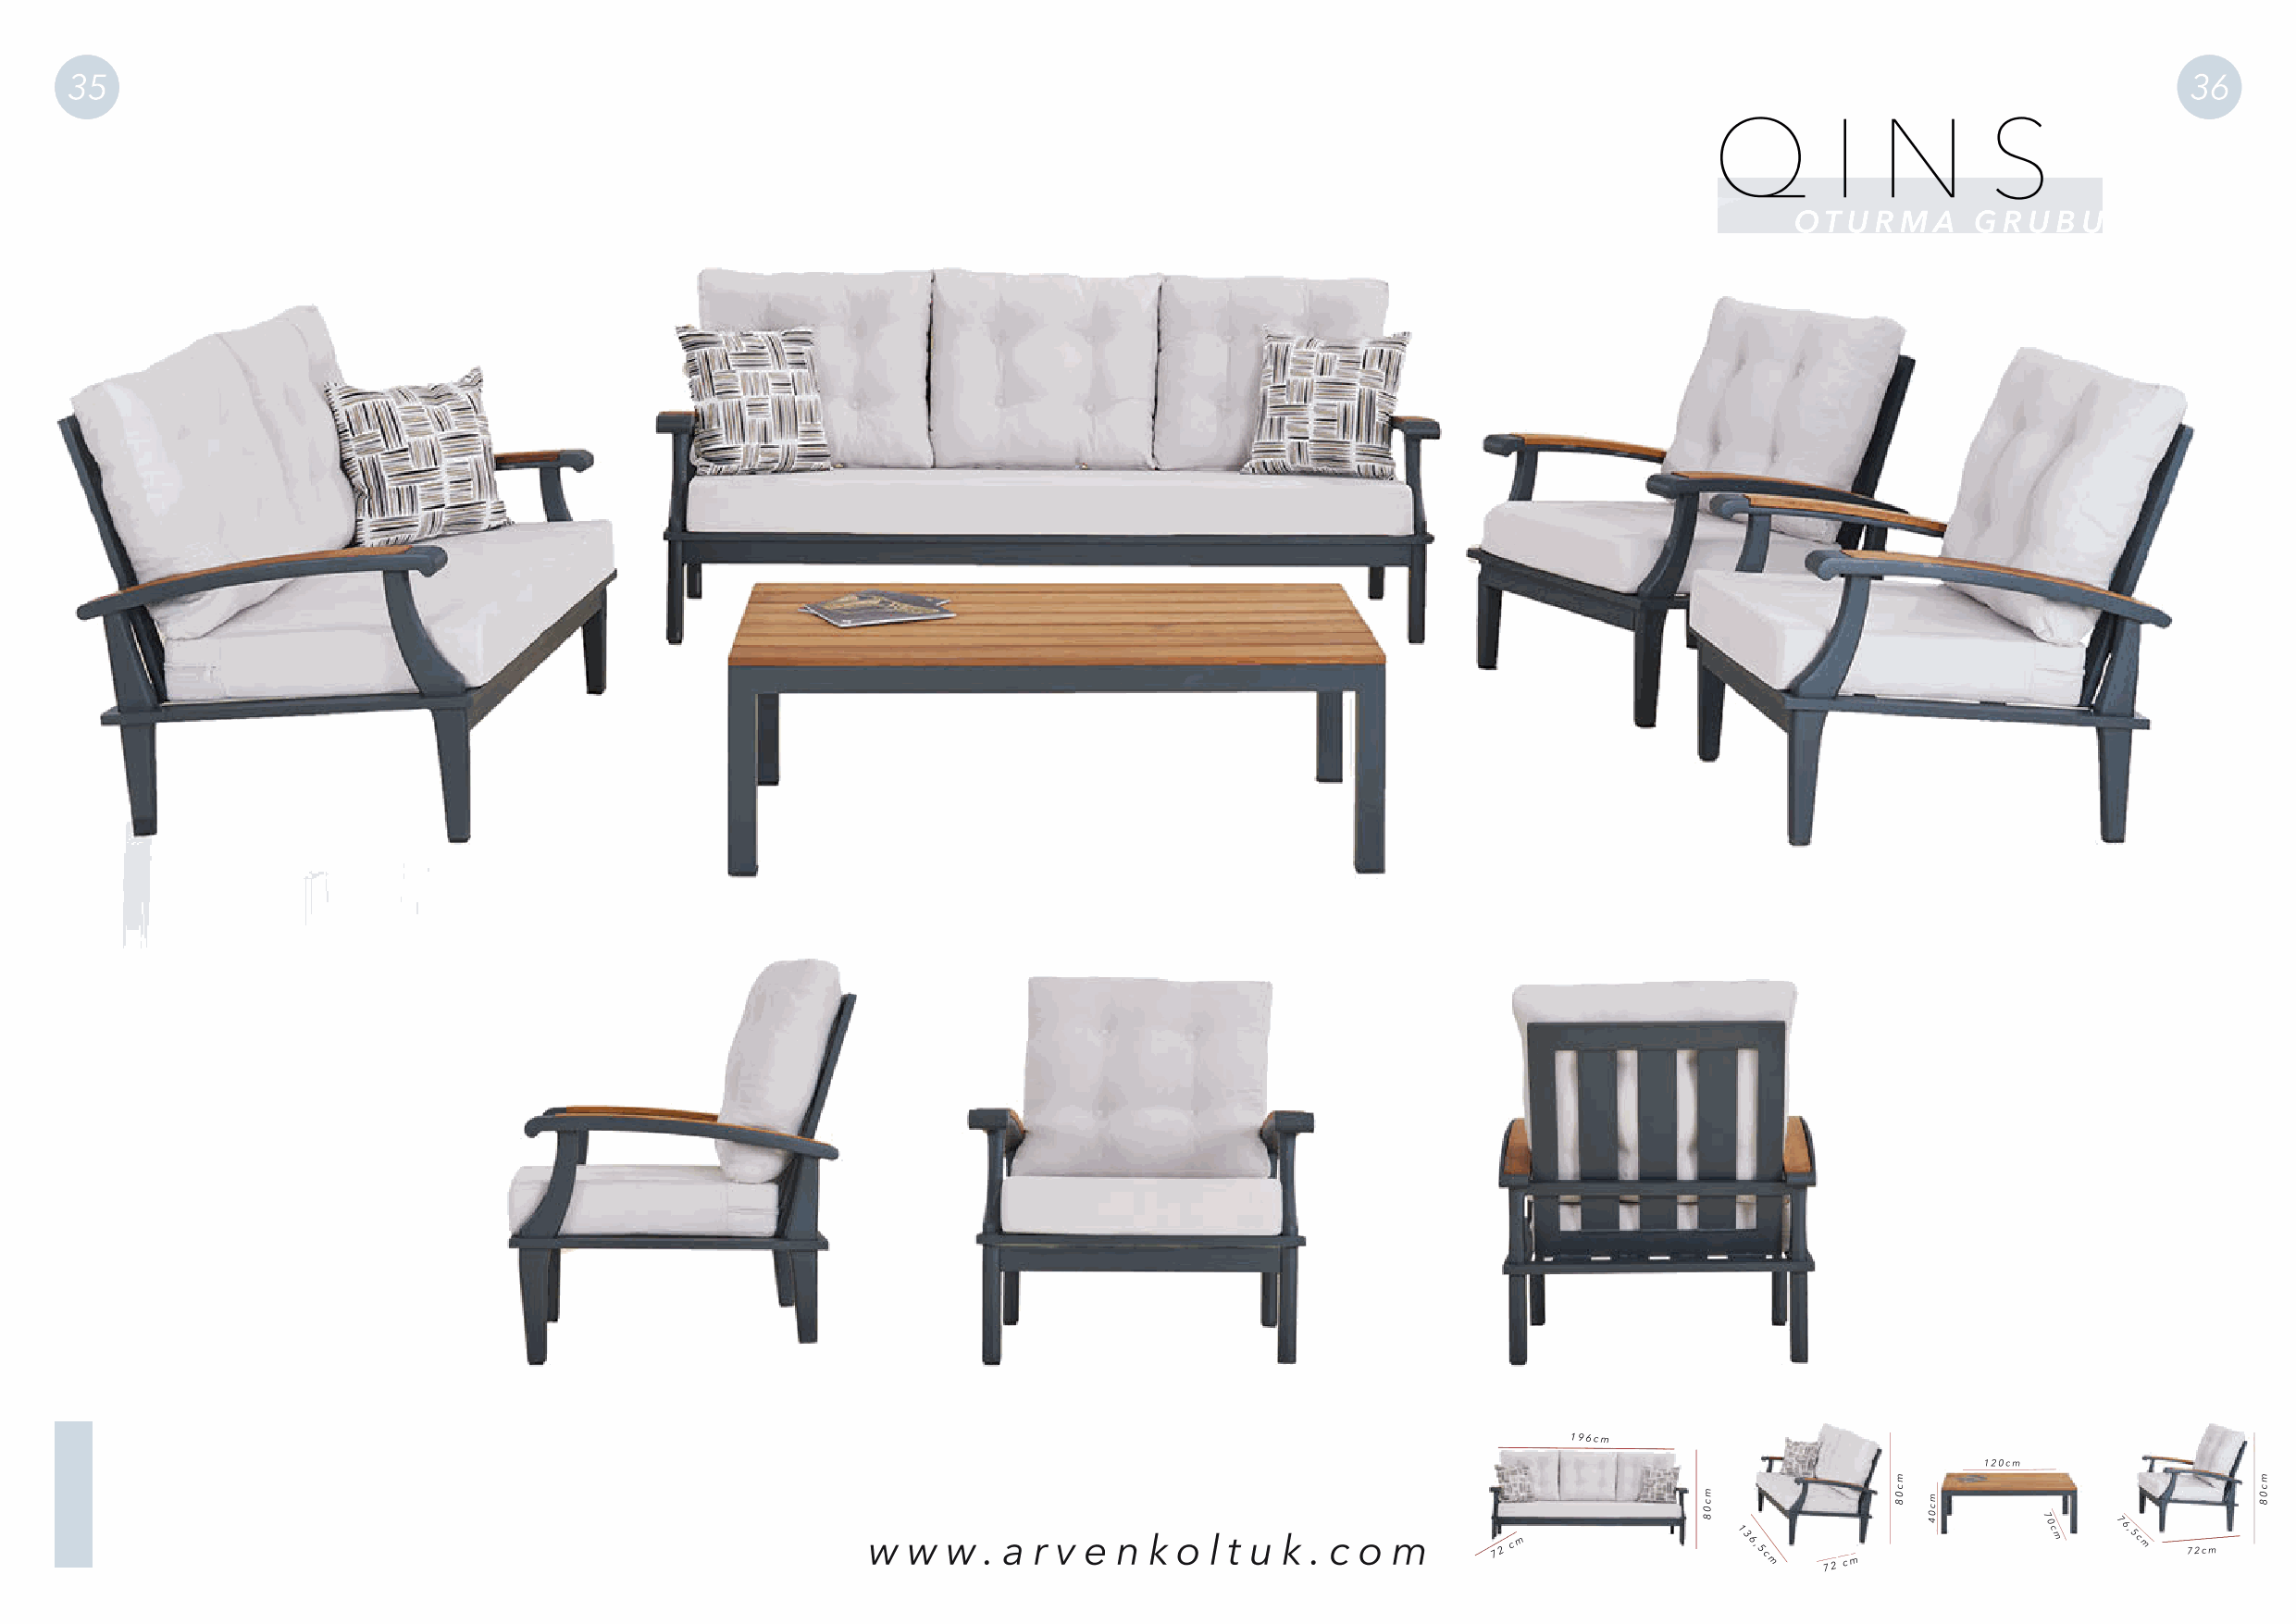
35                                                                                                                                                      36
 Q        I  N       S
 OT  U R M A  G R U B U
 196cm
 120cm
 w  w  w . a r v e n k o  l t u k . c o m     7 2 c m
 136,5c
 m    72 cm
 7 0
 c
 m
 76,5c
 m  72cm
 mc08
 mc08
 mc04
 mc08